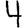
Digit: 4